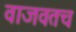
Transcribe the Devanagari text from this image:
वाजवतच